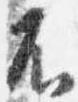
不